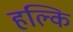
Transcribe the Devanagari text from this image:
हल्कि